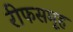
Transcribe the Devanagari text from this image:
रीफसमूह